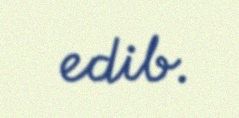
edib.